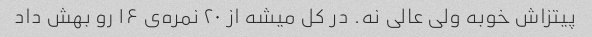
پیتزاش خوبه ولی عالی نه. در کل میشه از ۲۰ نمره‌ی ۱۶ رو بهش داد